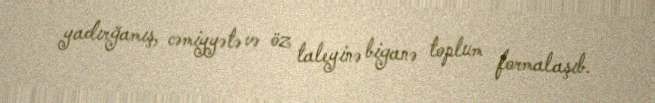
yadırğamış, cəmiyyətə və öz taleyinə biganə toplum formalaşıb.